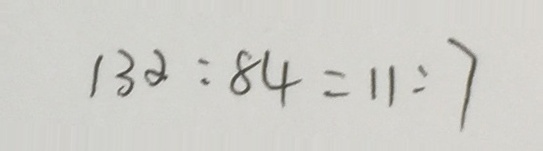
1 3 2 : 8 4 = 1 1 : 7